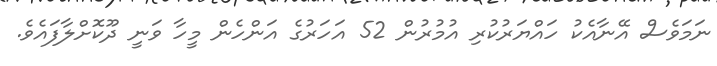
ނަމަވެސް އޭނާއެކު ހައްޔަރުކުރި އުމުރުން 52 އަހަރުގެ އަންހެން މީހާ ވަނީ ދޫކޮށްލާފައެވެ.